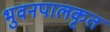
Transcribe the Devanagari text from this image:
भुवनपालकृत